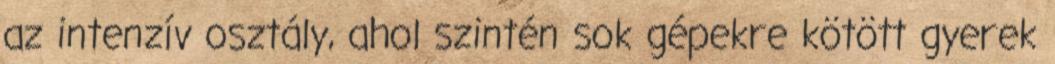
az intenzív osztály, ahol szintén sok gépekre kötött gyerek